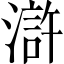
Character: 滸